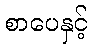
စာပေနှင့်